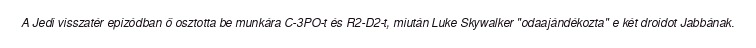
A Jedi visszatér epizódban ő osztotta be munkára C-3PO-t és R2-D2-t, miután Luke Skywalker "odaajándékozta" e két droidot Jabbának.